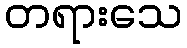
တရားသေ